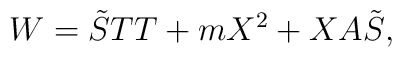
W=\tilde{S}TT+mX^2+XA\tilde{S},